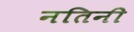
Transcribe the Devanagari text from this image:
नतिनी